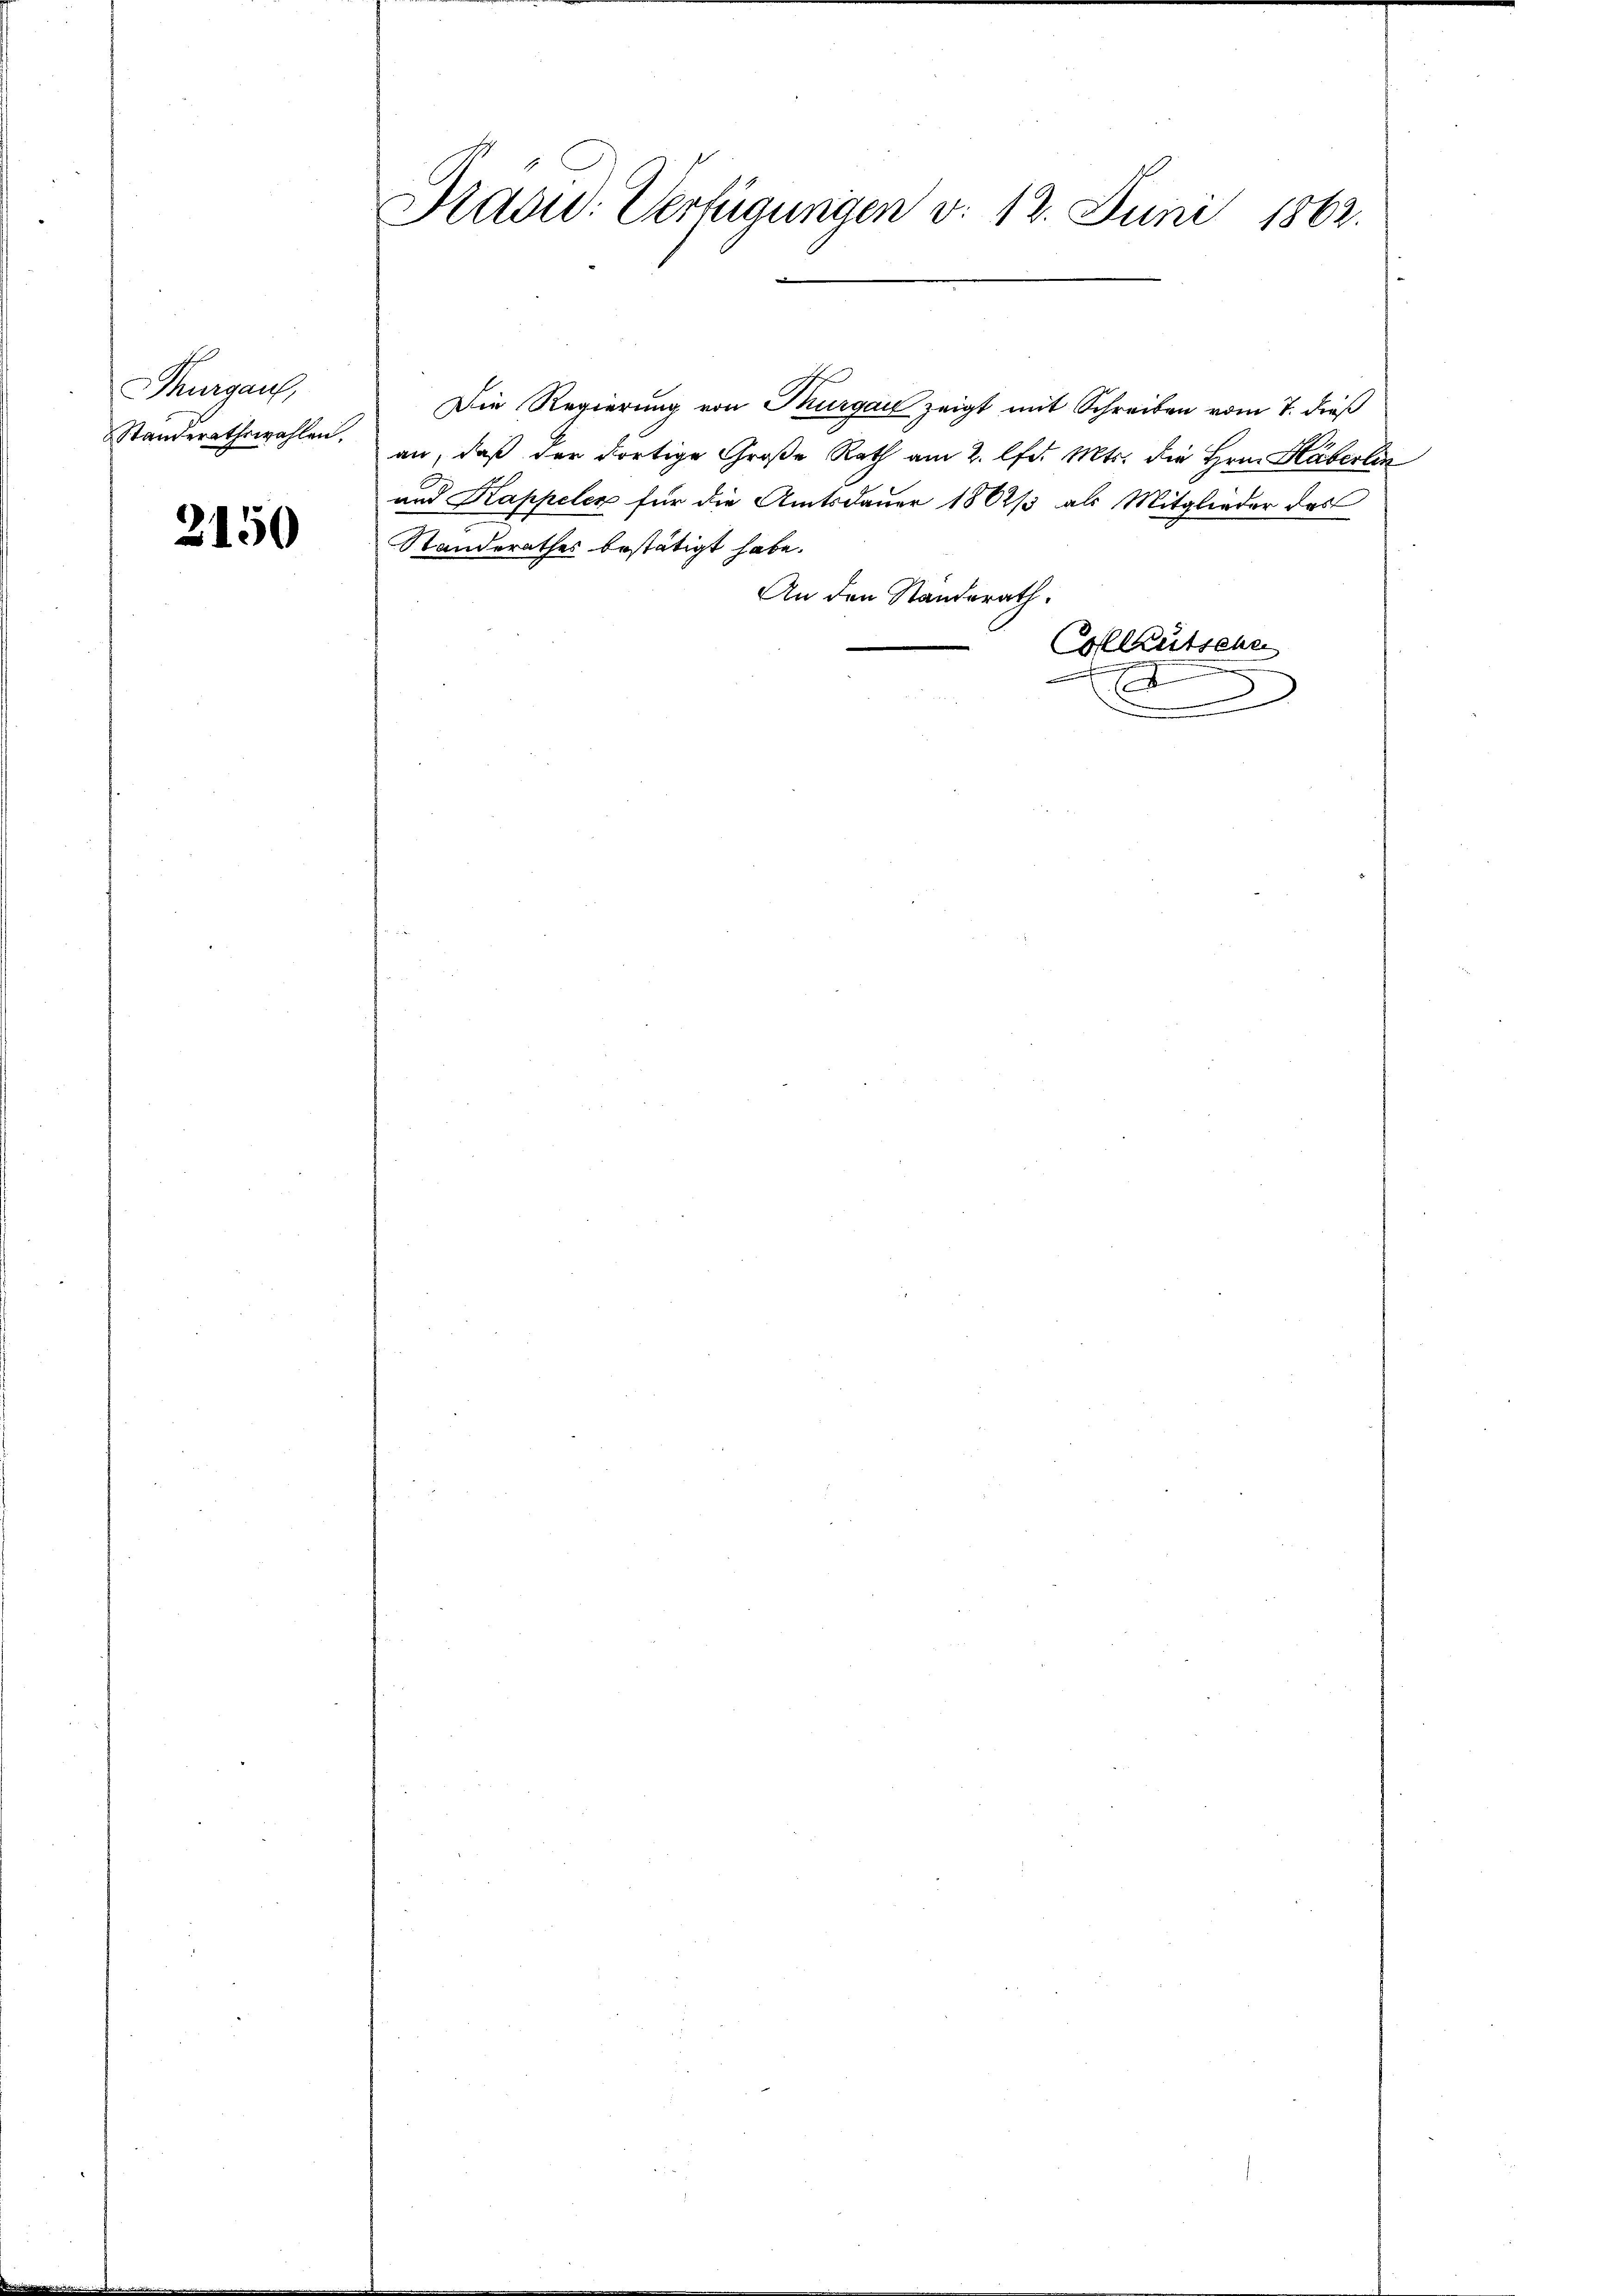
Thurgau,
Standerathswahlen.

2150

Pradid. Verfügungen d. 12. Juni 1862.

Die Regierung von Thurgau zeigt mit Schreiben vom 7. dieß
an, daß der dortige Große Rath am 2. lfd. Mts. die Hrn. Häberlin
und Kappelex für die Amtsdauer 1802/3 als Mitglieder des
Standerathes bestätigt habe.
An den Standerath.
Colleutsche
e
.
1
x

f